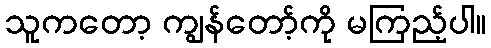
သူကတော့ ကျွန်တော့်ကို မကြည့်ပါ။